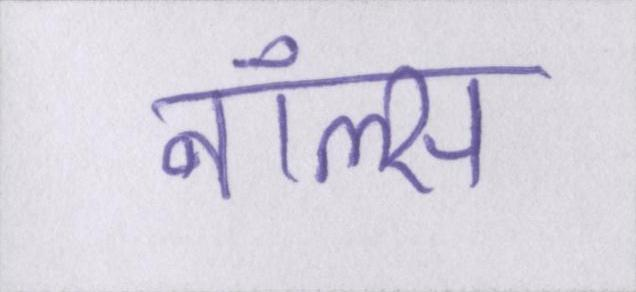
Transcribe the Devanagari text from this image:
नॉल्स